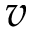
v